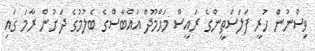
ވިސްނުން ހުރީ ފަލަސްތީންގެ ރައީސް މަޙްމޫދް އައްބާސްގެ ބެލުމުގެ ދަށުން ރާމަ ގައި